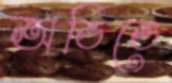
অভিতে